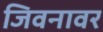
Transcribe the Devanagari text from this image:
जिवनावर